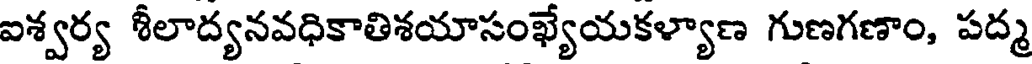
ఐశ్వర్య శీలాద్యనవధికాతిశయాసంఖ్యేయకళ్యాణ గుణగణాం, పద్మ